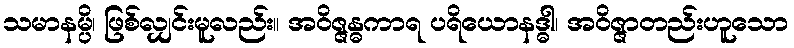
သမာနမ္ပိ၊ ဖြစ်လျှင်းမူလည်း။ အဝိဇ္ဇန္ဓကာရ ပရိယောနဒ္ဓါ၊ အဝိဇ္ဇာတည်းဟူသော